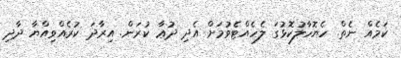
ކަމެއް ނެތް. ހެޔޮހާލުކޮޅުގަ ލެހެއްޓެވުމަށް އެދި ދުޢާ ކުރަން. އިރާދަ ކުރެއްވިއްޔާ ދާދި